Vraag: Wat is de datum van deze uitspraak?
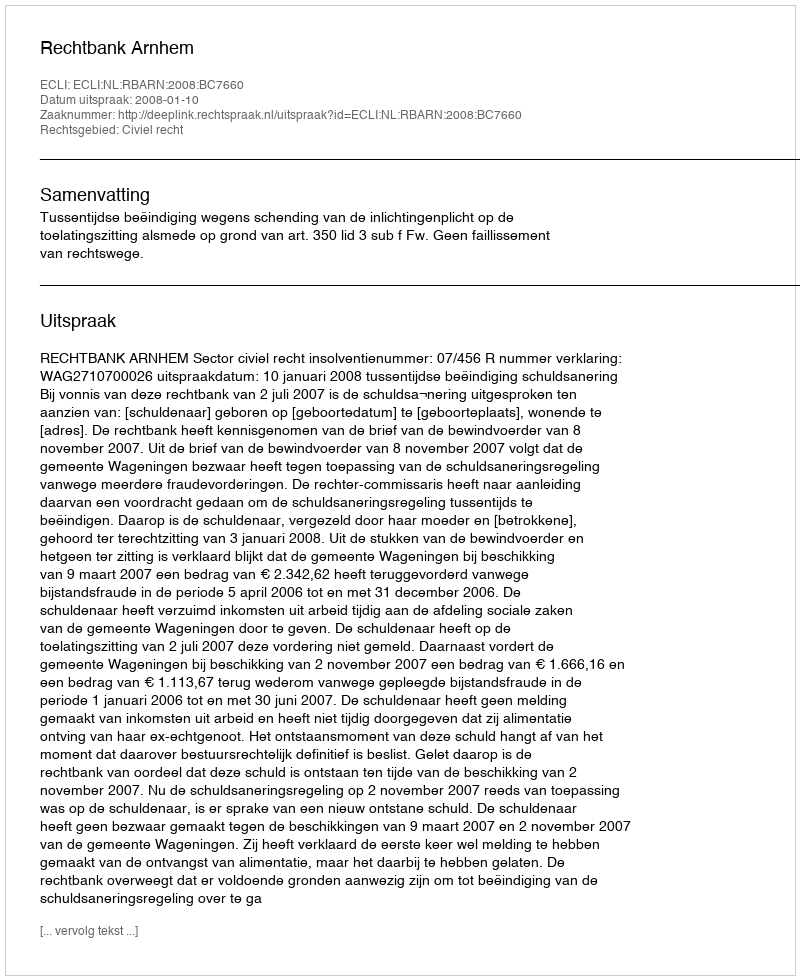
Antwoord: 2008-01-10